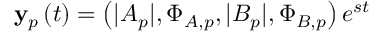
\mathbf { y } _ { p } \left( t \right) = \left( | A _ { p } | , \Phi _ { A , p } , | B _ { p } | , \Phi _ { B , p } \right) e ^ { s t }